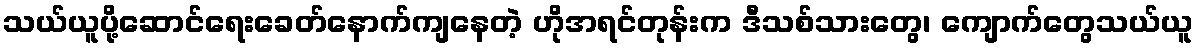
သယ်ယူပို့ဆောင်ရေးခေတ်နောက်ကျနေတဲ့ ဟိုအရင်တုန်းက ဒီသစ်သားတွေ၊ ကျောက်တွေသယ်ယူ